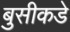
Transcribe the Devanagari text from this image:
बुसीकडे